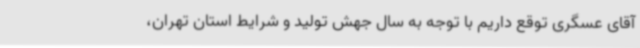
آقای عسگری توقع داریم با توجه به سال جهش تولید و شرایط استان تهران،